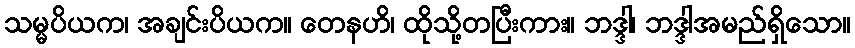
သမ္မပိယက၊ အချင်းပိယက။ တေနဟိ၊ ထိုသို့တပြီးကား။ ဘဒ္ဒါ၊ ဘဒ္ဒါအမည်ရှိသော။